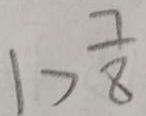
1 > \frac { 7 } { 8 }